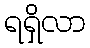
ရရှိလာ